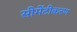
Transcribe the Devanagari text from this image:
सीमेंटीकरण